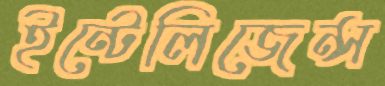
ইন্টেলিজেন্স